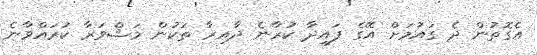
އެގޮތުން ދެ ގައުމަށް އޭގެ ފައިދާ ކުރާނެ ދާއިރާ ތަކުން މަޝްވަރާ ކުރައްވާނެ